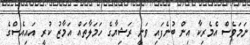
ނަމަވެސް އެމެރިކާ އިން ބުނެފައި ވަނީ ރަޝިޔާގެ ހަމަލާތައް އަމާޒު ކުރީ އައިއެސްގެ